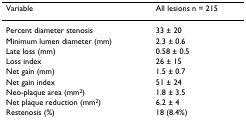
<table><thead><tr><td><b>Variable</b></td><td><b>All lesions n = 215</b></td></tr></thead><tbody><tr><td>Percent diameter stenosis</td><td>33 ± 20</td></tr><tr><td>Minimum lumen diameter (mm)</td><td>2.3 ± 0.6</td></tr><tr><td>Late loss (mm)</td><td>0.58 ± 0.5</td></tr><tr><td>Loss index</td><td>26 ± 15</td></tr><tr><td>Net gain (mm)</td><td>1.5 ± 0.7</td></tr><tr><td>Net gain index</td><td>51 ± 24</td></tr><tr><td>Neo-plaque area (mm<sup>2</sup>)</td><td>1.8 ± 3.5</td></tr><tr><td>Net plaque reduction (mm<sup>2</sup>)</td><td>6.2 ± 4</td></tr><tr><td>Restenosis (%)</td><td>18 (8.4%)</td></tr></tbody></table>